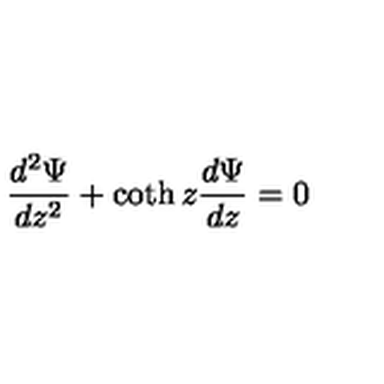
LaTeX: \frac { d ^ { 2 } \Psi } { d z ^ { 2 } } + \coth z \frac { d \Psi } { d z } = 0